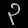
Digit: ၃